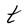
Character: t